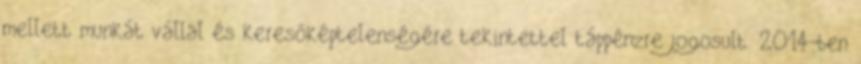
mellett munkát vállal és keresőképtelenségére tekintettel táppénzre jogosult. 2014-ben